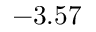
- 3 . 5 7